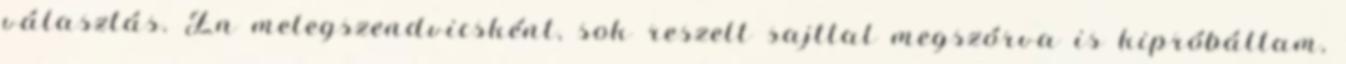
választás. Én melegszendvicsként, sok reszelt sajttal megszórva is kipróbáltam,